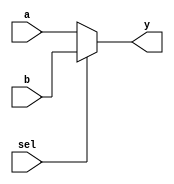
module mux_21 (a,b,sel,y);
  	  	input a, b;
  	  	output y;
  	  	input sel;
  	  	wire y;
  	  	 
  	  	assign y = (sel) ? b : a;
  	  	 
endmodule